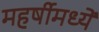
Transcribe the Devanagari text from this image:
महर्षीमध्यें